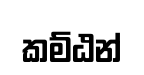
කම්ඨන්